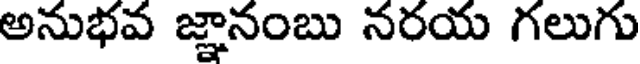
అనుభవ జ్ఞానంబు నరయ గలుగు